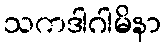
သကဒါဂါမိနာ